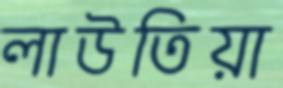
লাউতিয়া